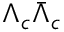
\Lambda _ { c } \bar { \Lambda } _ { c }